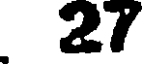
27